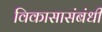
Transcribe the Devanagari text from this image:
विकासासंबंधी